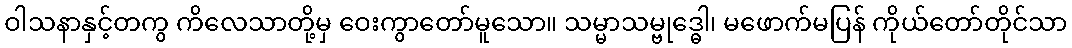
ဝါသနာနှင့်တကွ ကိလေသာတို့မှ ဝေးကွာတော်မူသော။ သမ္မာသမ္ဗုဒ္ဓေါ၊ မဖောက်မပြန် ကိုယ်တော်တိုင်သာ